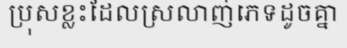
ប្រុសខ្លះដែលស្រលាញ់ភេទដូចគ្នា